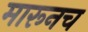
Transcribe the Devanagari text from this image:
मारूनच